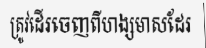
ត្រូវដើរចេញពីហង្សមាសដែរ